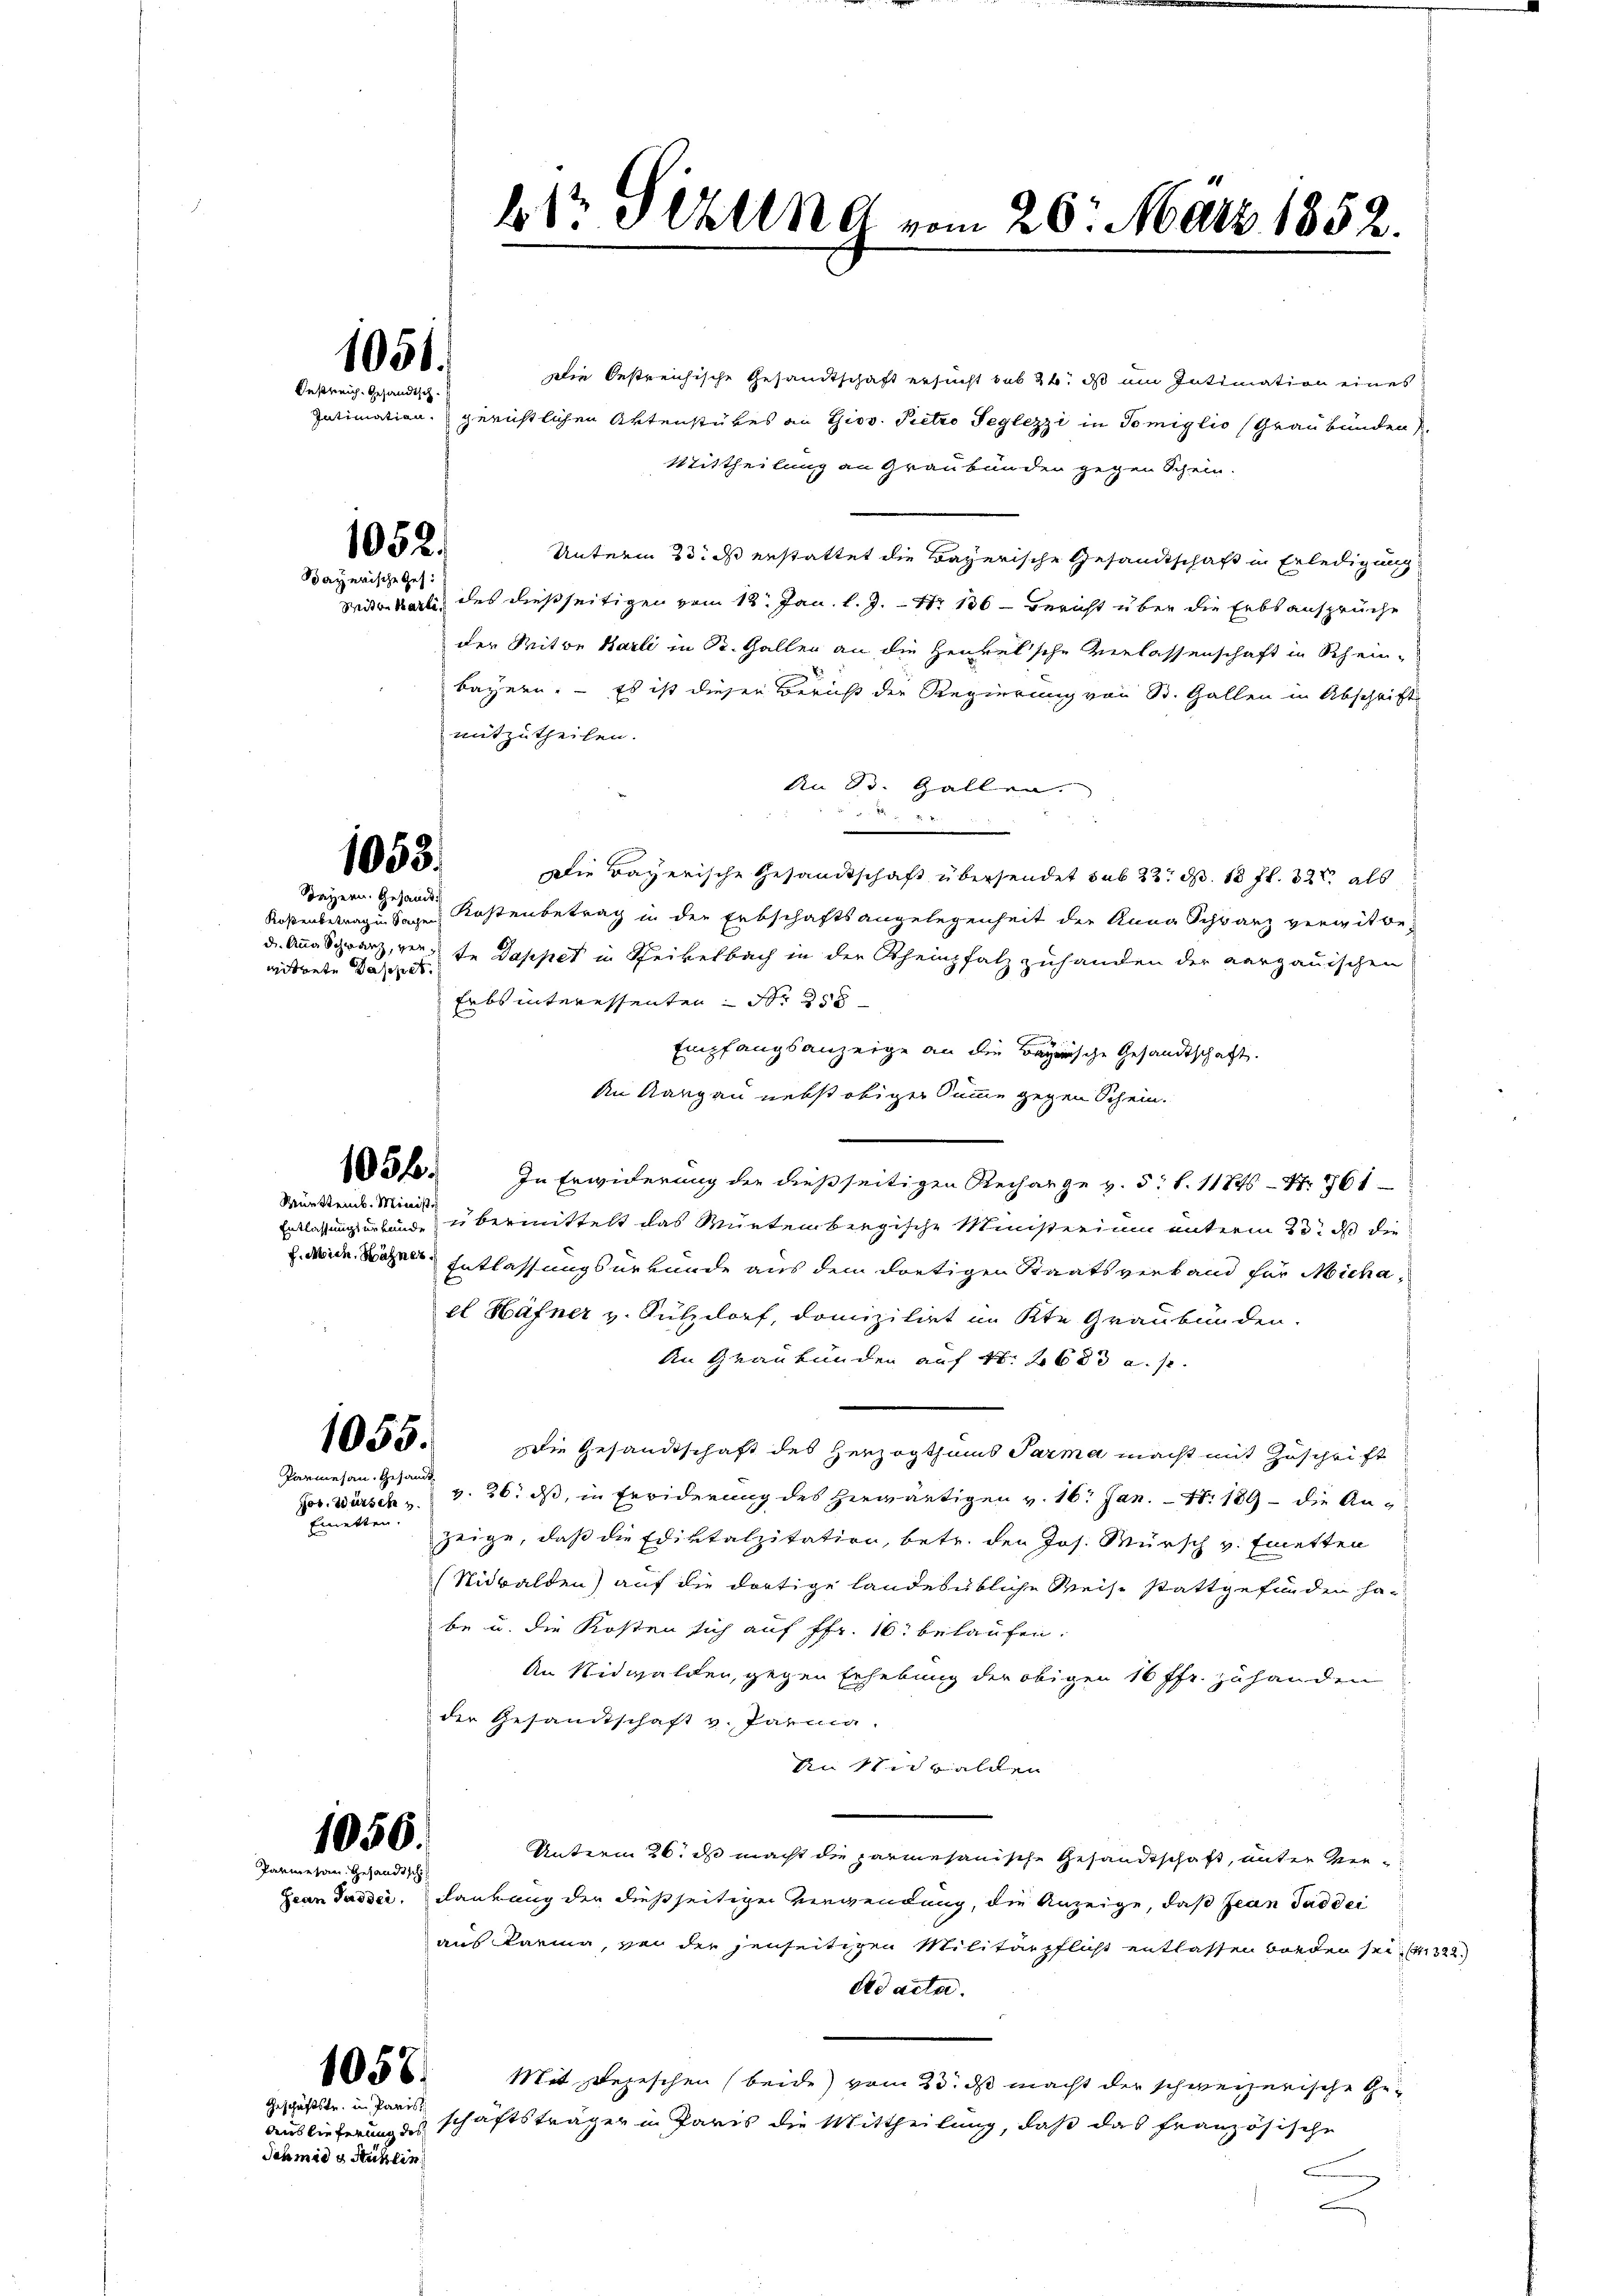
1051.
Oestreich. Gesandtsch.

Intimation,

1052.
Bayerische Ges.

1053.
Bayern. Gesandt

wittete Pappet

1056.

Württemb. Ministe

1055.
Parmesan. Gesandt

Emetten.

1056.
Parmesan gesandtsch

1058.

Die Oestreichische Gesamtschaft ersucht sub 22. ds um Intimation eines
gerichtlichen Aktenstückes an Giov. Pietro Teglezzi in Tomiglio (Graubünden
Mittheilung an Graubünden gegen Schein.
Unterm 23. ds erstattet die Bayerische Gesandtschaft in Erledigung
Seitenkarli des dießseitigen vom 12. Jan. l. J. Nr. 136 - Bericht über die Erbsansprüche
der Mitte Karli in Dr. Gallen an die Heuvel’sche Verlassenschaft in Schein-
bayern. – Es ist diesen Bericht der Regierung von St. Gallen in Abschrift
mitzutheilen.
An St. Gallen.
b. e
Die Bayerische Gesandtschaft übersendet sub 22. d. 18 fl. 32. als
Rosenbetrag in Sagen Kostenbetrag in der Erbschaftsangelegenheit der Anna Schwarz vermitbed. Aug. Schwarz, vor. In Sappet in Steikelbach in der Rheinpfalz zuhanden der aargauischen
Erbsinteressenten S. 258
Empfangsanzeige an die Bayerische Gesandtschaft.
An Aargau nebst obiger Summe gegen Schein.
In Erwiderung der dießseitigen Recharge v. 5. f. 117 Nr. 861
Entlassung erbände übermittelt das Würtenbergische Ministerium unterm 23. ds die
. Weide Tagen Entlassungsurkunde aus dem dortigen Staatsverband für Michael Hafner v. Sulzdorf, domizilirt im Kte Graubünden.
An Graubünden auf 40. 2623 a. p.
Die Gesandtschaft des Herzogthums Parma macht mit Zuschrift
Jos. Warsch v. 26. ds, in Erwiderung des herwärtigen v. 16. Jan. N. 189 – die Anzeige, daß die Ediktalzitation, betr. den Jos. Mürsch v. Emetten
Nidwalden) auf die dortige Landesübliche Weise stattgefunden habe u. die Kosten sich auf Ffr. 16. belaufen.
An Nidwalden, gegen Erhebung der obigen 16 ffr. zu handen,
der Gesandtschaft v. Parma.
An sich walden
Unterm 26. ds macht die parmesanische Gesandtschaft, unter Ver¬
Gean Jasser. Fankung der dießseitigen Verwendung, die Anzeige, daß Jean Pad dei
aus Karina, von der jenseitigen Militärpflicht entlassen worden sei, 322.
ad acta.
Mit Depeschen (beide vom 23. ds macht der schweizerische Ge¬
Auslieferung des schäftsträger in Paris die Mittheilung, daß das französische
c
e

Geschäftstr. in Paris
Schmid 8 Stuhlin

bte Akten vom 26. März 1852.

.